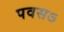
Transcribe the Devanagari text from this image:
पवसऽ